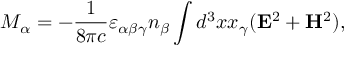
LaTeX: M _ { \alpha } = - { \frac { 1 } { 8 \pi c } } \varepsilon _ { \alpha \beta \gamma } n _ { \beta } \int { d ^ { 3 } x x _ { \gamma } ( { \bf E } ^ { 2 } + { \bf H } ^ { 2 } ) } ,